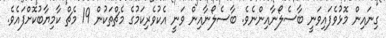
ގިނައިން މޮޅުވެފައިވަނީ ބާސެލޯނާއިންނެވެ. ބާސެލޯނާއިން ވަނީ އެކުވެރިކަމުގެ މެޗްތަކުން 19 މެޗް ކާމިޔާބުކޮށްފައެވެ.